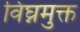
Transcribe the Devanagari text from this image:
विघ्नमुक्त